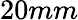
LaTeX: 20mm